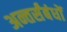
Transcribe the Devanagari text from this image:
अन्तर्संबंधों